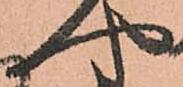
や